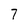
Character: 7